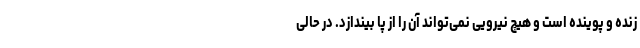
زنده و پوینده است و هیچ نیرویی نمی‌تواند آن را از پا بیندازد. در حالی